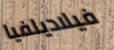
فيلاديلفيا